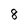
Character: 8